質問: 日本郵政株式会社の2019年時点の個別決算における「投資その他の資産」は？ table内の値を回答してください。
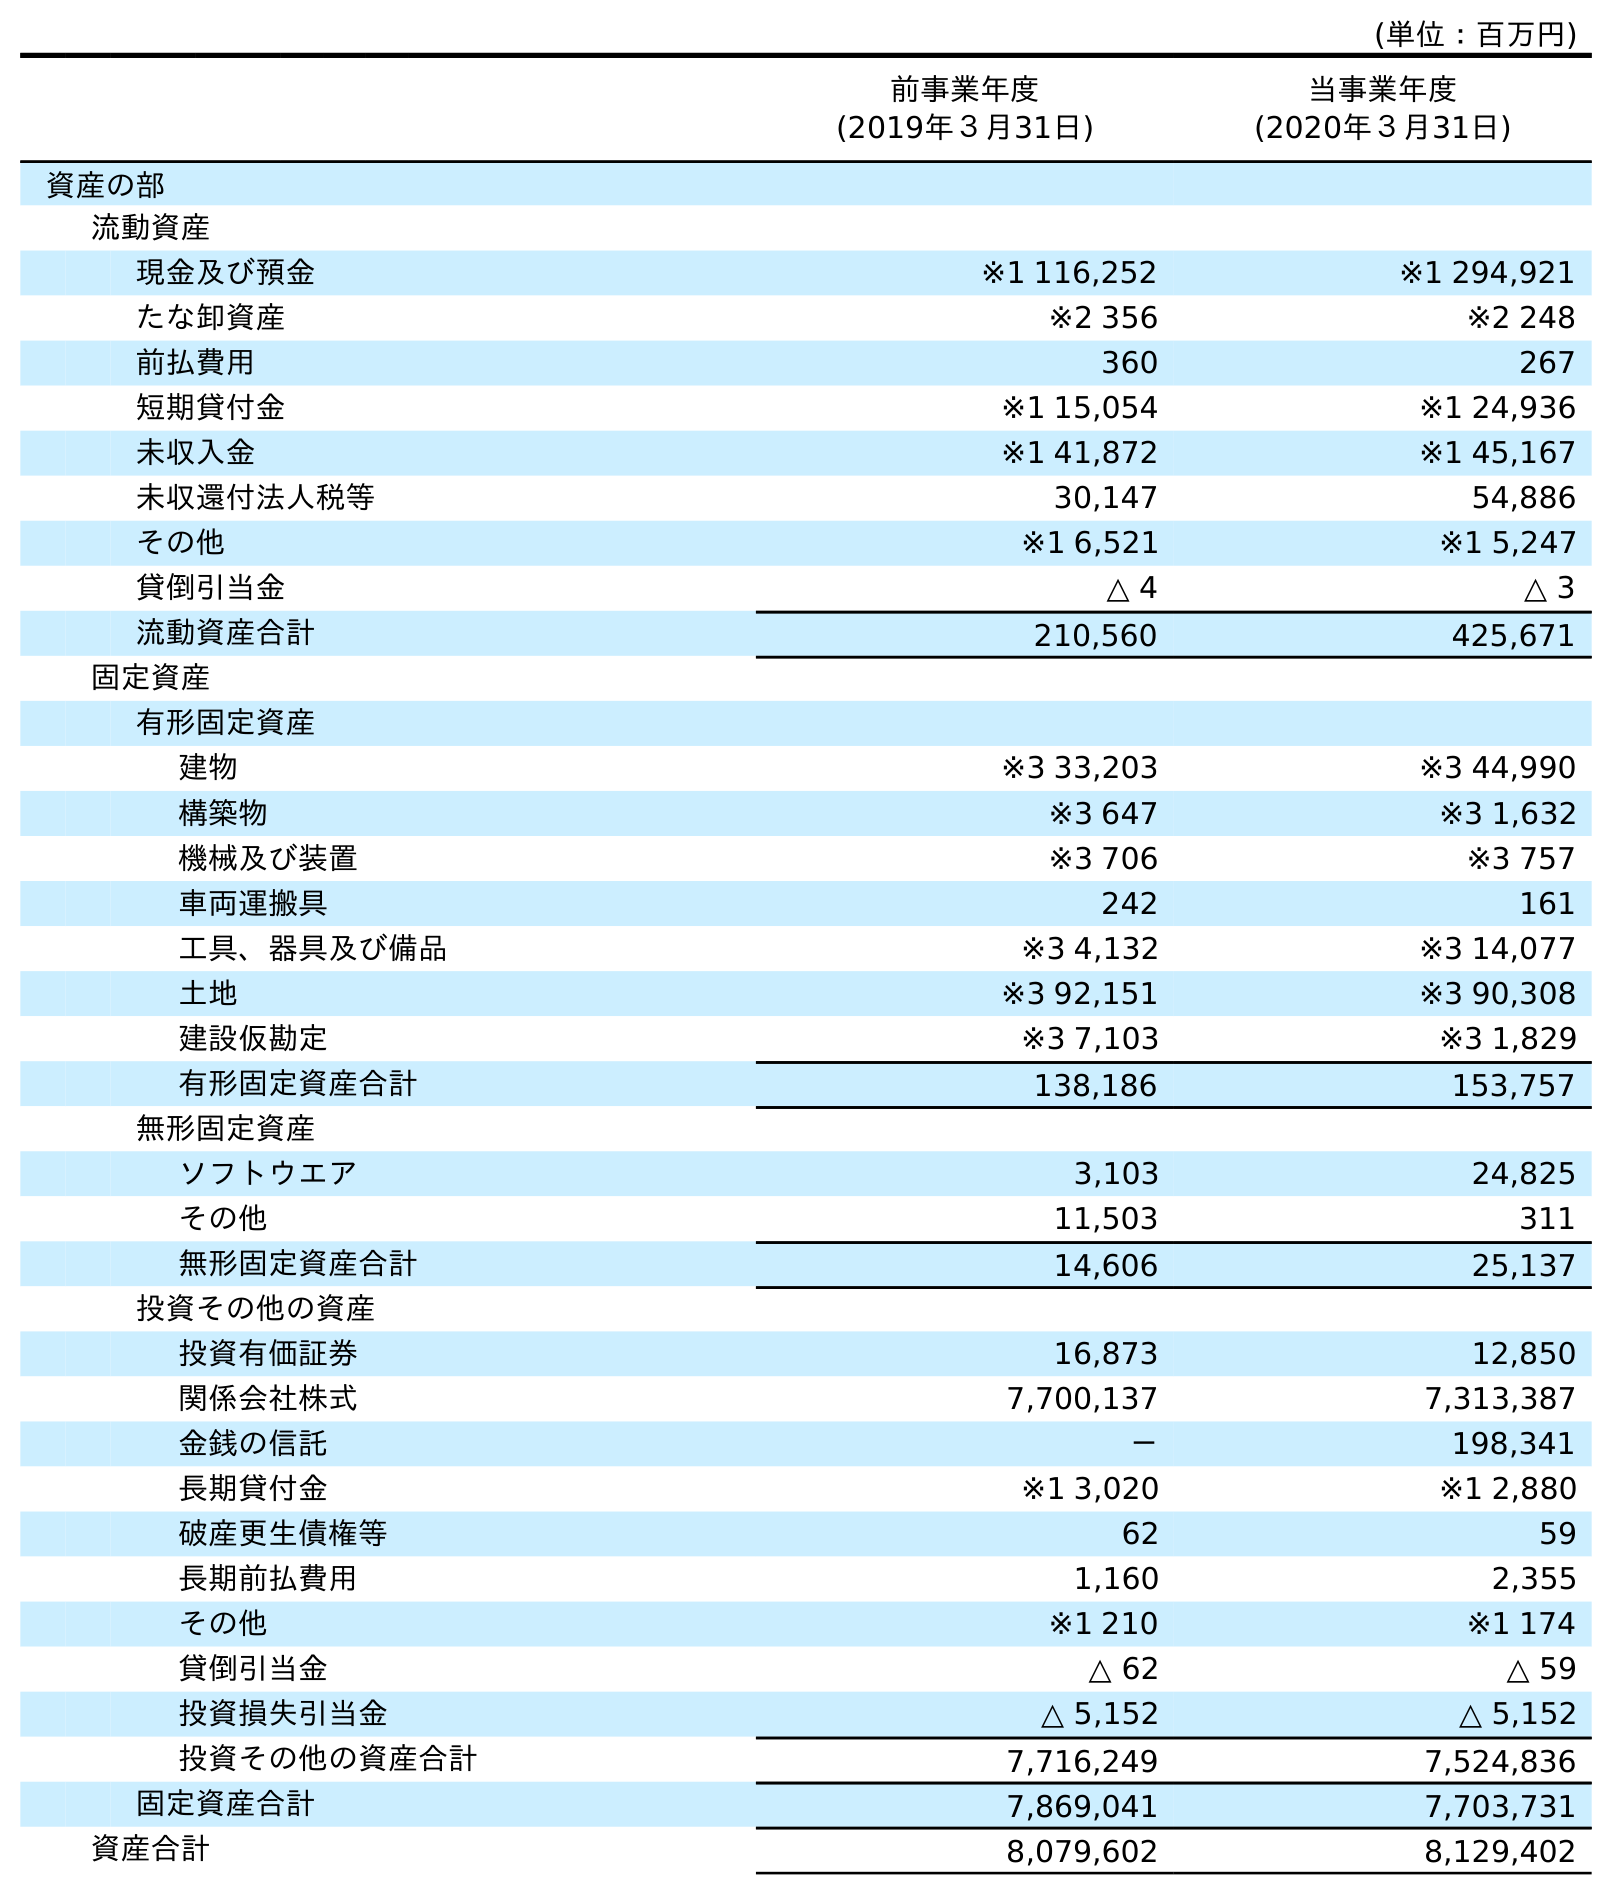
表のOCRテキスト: (単位：百万円) 前事業年度 (2019年３月31日) 当事業年度 (2020年３月31日) 資産の部 流動資産 現金及び預金 ※1 116,252 ※1 294,921 たな卸資産 ※2 356 ※2 248 前払費用 360 267 短期貸付金 ※1 15,054 ※1 24,936 未収入金 ※1 41,872 ※1 45,167 未収還付法人税等 30,147 54,886 その他 ※1 6,521 ※1 5,247 貸倒引当金 △ 4 △ 3 流動資産合計 210,560 425,671 固定資産 有形固定資産 建物 ※3 33,203 ※3 44,990 構築物 ※3 647 ※3 1,632 機械及び装置 ※3 706 ※3 757 車両運搬具 242 161 工具、器具及び備品 ※3 4,132 ※3 14,077 土地 ※3 92,151 ※3 90,308 建設仮勘定 ※3 7,103 ※3 1,829 有形固定資産合計 138,186 153,757 無形固定資産 ソフトウエア 3,103 24,825 その他 11,503 311 無形固定資産合計 14,606 25,137 投資その他の資産 投資有価証券 16,873 12,850 関係会社株式 7,700,137 7,313,387 金銭の信託 － 198,341 長期貸付金 ※1 3,020 ※1 2,880 破産更生債権等 62 59 長期前払費用 1,160 2,355 その他 ※1 210 ※1 174 貸倒引当金 △ 62 △ 59 投資損失引当金 △ 5,152 △ 5,152 投資その他の資産合計 7,716,249 7,524,836 固定資産合計 7,869,041 7,703,731 資産合計 8,079,602 8,129,402
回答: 7,716,249